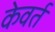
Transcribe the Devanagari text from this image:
केवर्त